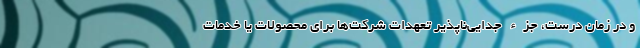
و در زمان درست، جزء جدایی‌­ناپذیر تعهدات شرکت‌ها برای محصولات یا خدمات